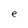
Character: e